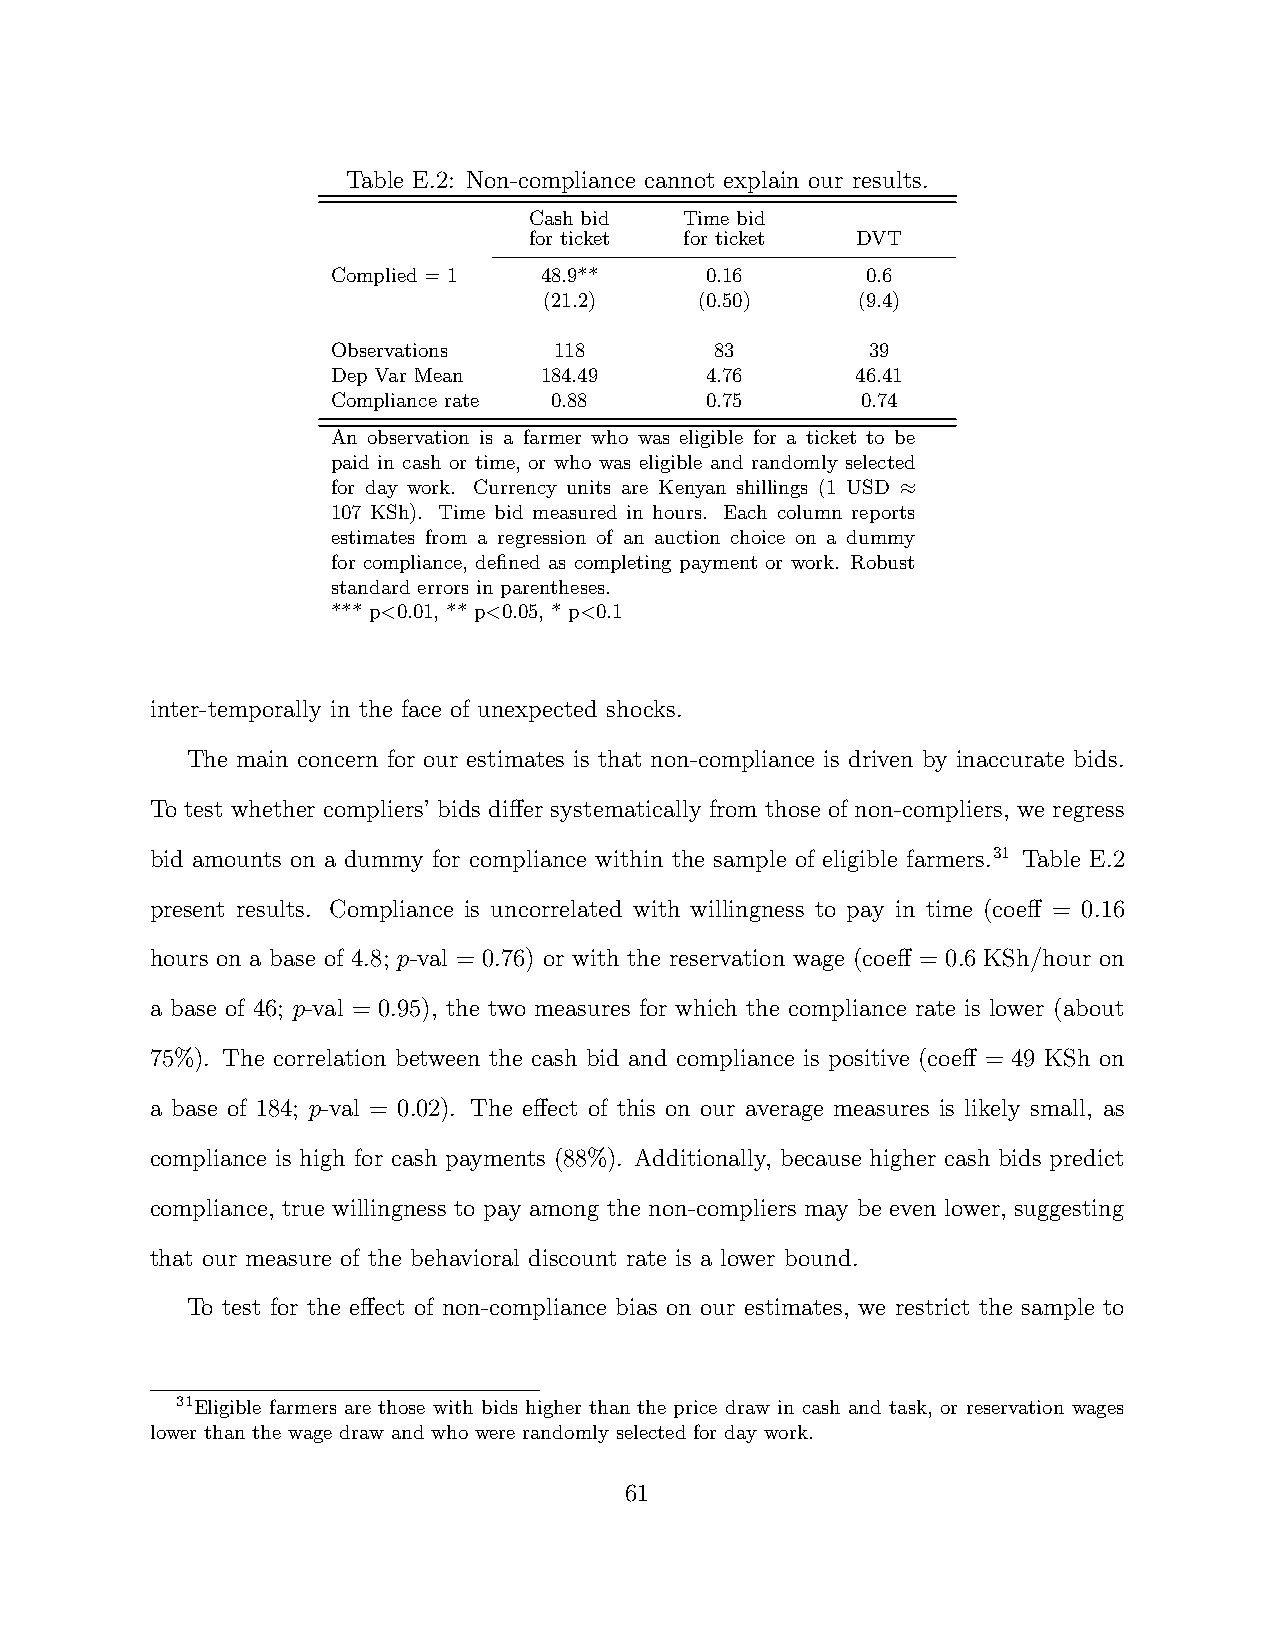
Table E.2: Non-compliance cannot explain our results.
 Cash bid  Time bid
 for ticket for ticket DVT
 Complied = 1  48.9**     0.16      0.6
 (21.2)    (0.50)     (9.4)
 Observations   118       83         39
 Dep Var Mean  184.49     4.76      46.41
 Compliance rate 0.88     0.75      0.74
 An observation is a farmer who was eligible for a ticket to be
 paid in cash or time, or who was eligible and randomly selected
 for day work. Currency units are Kenyan shillings (1 USD ≈
 107 KSh). Time bid measured in hours. Each column reports
 estimates from a regression of an auction choice on a dummy
 for compliance, defined as completing payment or work. Robust
 standard errors in parentheses.
 *** p<0.01, ** p<0.05, * p<0.1
 inter-temporally in the face of unexpected shocks.
 The main concern for our estimates is that non-compliance is driven by inaccurate bids.
 To test whether compliers’ bids differ systematically from those of non-compliers, we regress
 bid amounts on a dummy for compliance within the sample of eligible farmers.31 Table E.2
 present results. Compliance is uncorrelated with willingness to pay in time (coeff = 0.16
 hours on a base of 4.8; p-val = 0.76) or with the reservation wage (coeff = 0.6 KSh/hour on
 a base of 46; p-val = 0.95), the two measures for which the compliance rate is lower (about
 75%). The correlation between the cash bid and compliance is positive (coeff = 49 KSh on
 a base of 184; p-val = 0.02). The effect of this on our average measures is likely small, as
 compliance is high for cash payments (88%). Additionally, because higher cash bids predict
 compliance, true willingness to pay among the non-compliers may be even lower, suggesting
 that our measure of the behavioral discount rate is a lower bound.
 To test for the effect of non-compliance bias on our estimates, we restrict the sample to
 31Eligible farmers are those with bids higher than the price draw in cash and task, or reservation wages
 lower than the wage draw and who were randomly selected for day work.
 61